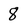
Character: 8